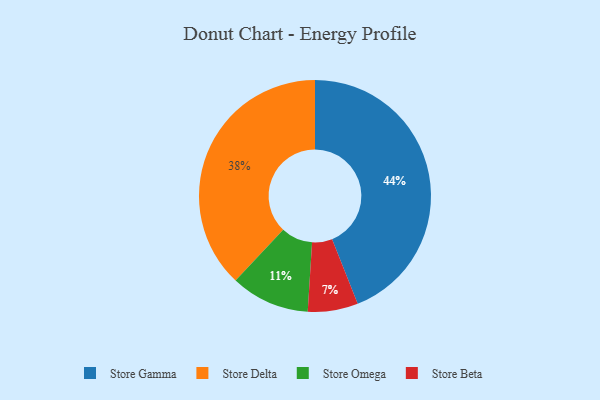
{"axis": {"x": "Category", "y": "Percentage"}, "legend": ["Store Beta", "Store Delta", "Store Gamma", "Store Omega"], "data": [{"x": "Store Gamma", "y": 44, "type": "Store Gamma"}, {"x": "Store Omega", "y": 11, "type": "Store Omega"}, {"x": "Store Beta", "y": 7, "type": "Store Beta"}, {"x": "Store Delta", "y": 38, "type": "Store Delta"}]}